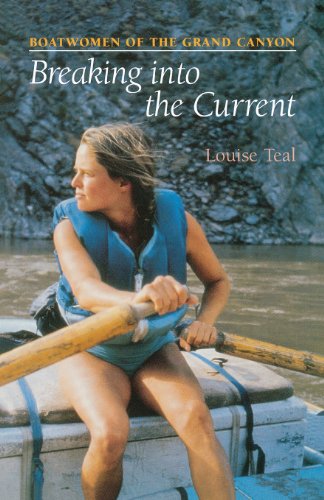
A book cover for Breaking Into the Current: Boatwomen of the Grand Canyon; Louise Teal; Sports & Outdoors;